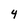
Character: 4